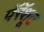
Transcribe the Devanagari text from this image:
पॅरॅशूट